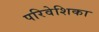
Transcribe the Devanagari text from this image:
परिवेशिका